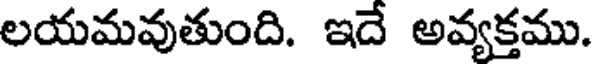
లయమవుతుంది. ఇదే అవ్యక్తము.